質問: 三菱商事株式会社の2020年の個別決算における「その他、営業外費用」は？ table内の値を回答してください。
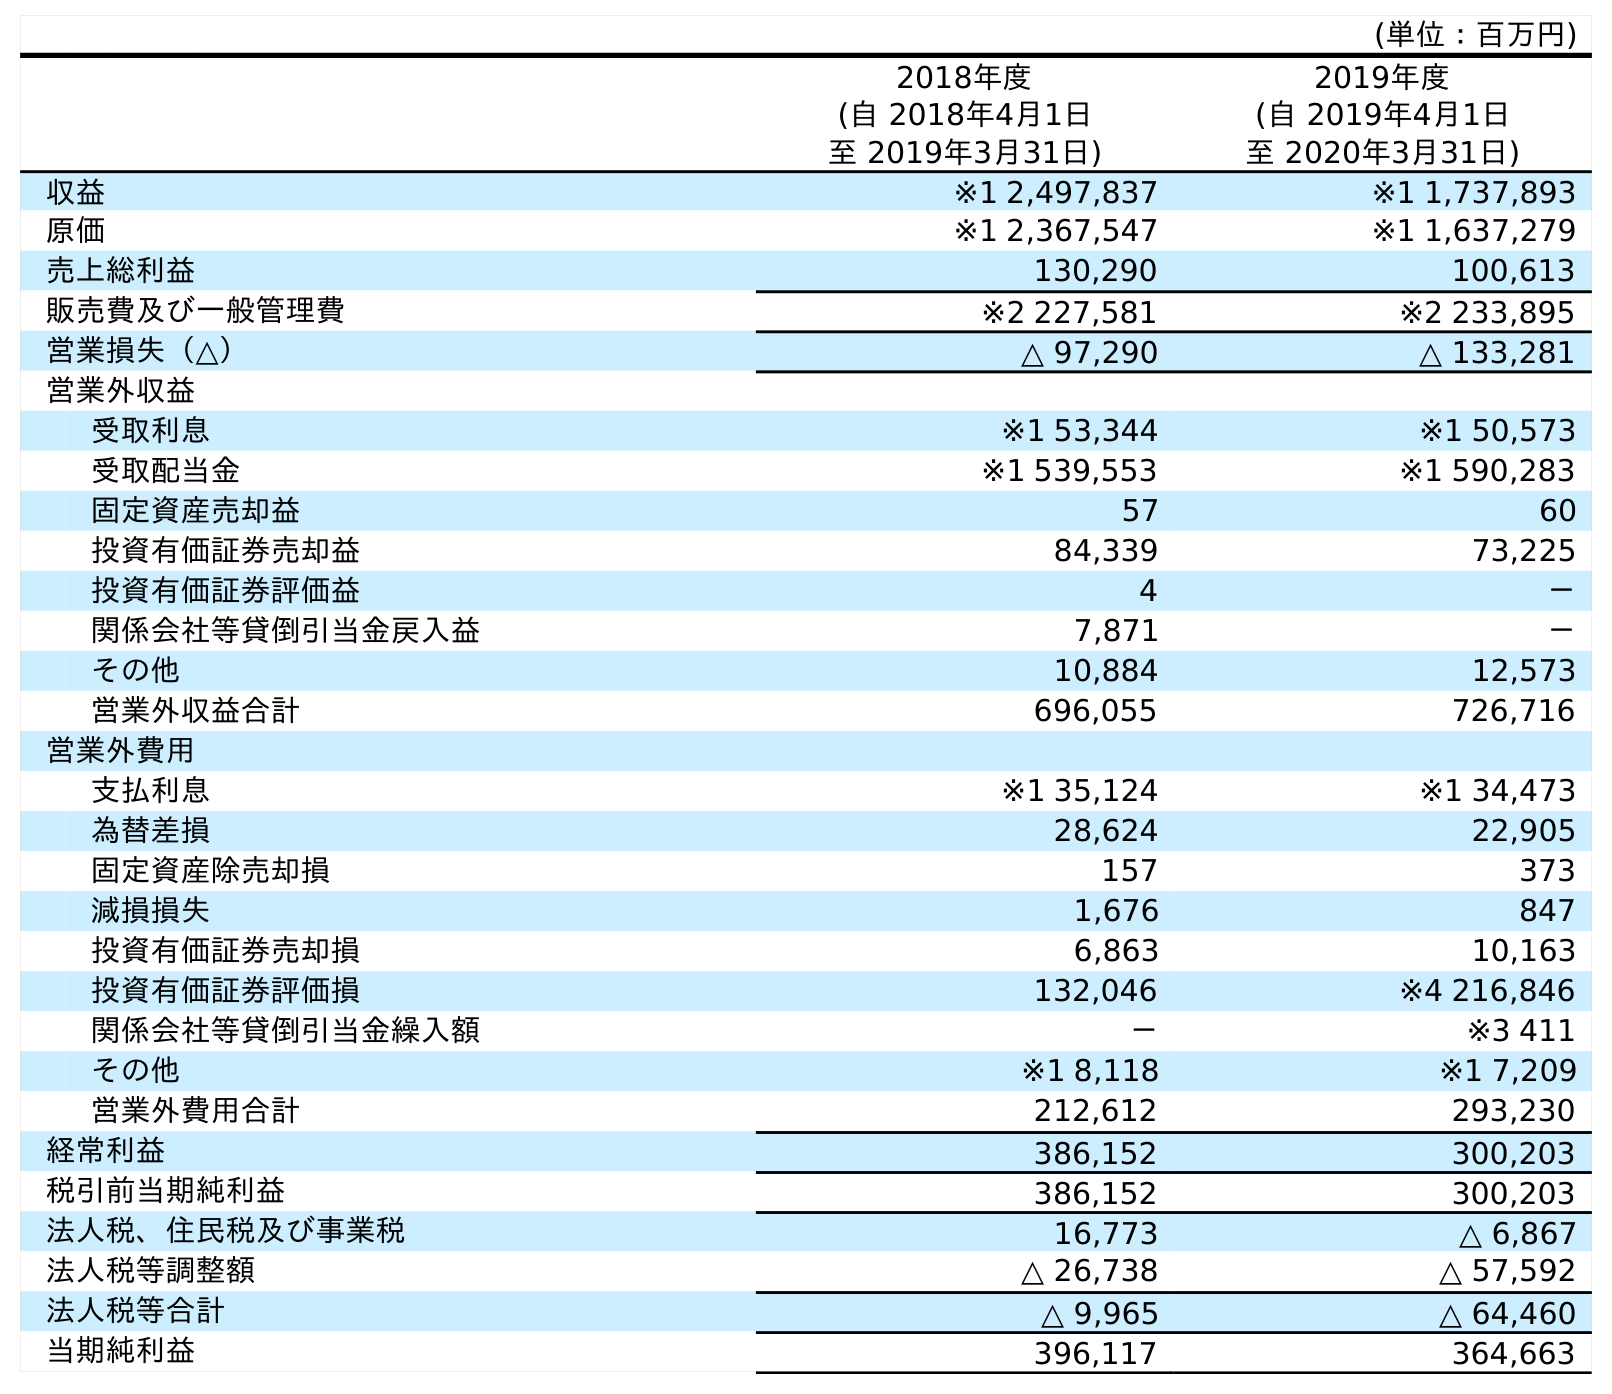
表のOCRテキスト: (単位：百万円) 2018年度 (自 2018年4月1日 至 2019年3月31日) 2019年度 (自 2019年4月1日 至 2020年3月31日) 収益 ※1 2,497,837 ※1 1,737,893 原価 ※1 2,367,547 ※1 1,637,279 売上総利益 130,290 100,613 販売費及び一般管理費 ※2 227,581 ※2 233,895 営業損失（△） △ 97,290 △ 133,281 営業外収益 受取利息 ※1 53,344 ※1 50,573 受取配当金 ※1 539,553 ※1 590,283 固定資産売却益 57 60 投資有価証券売却益 84,339 73,225 投資有価証券評価益 4 － 関係会社等貸倒引当金戻入益 7,871 － その他 10,884 12,573 営業外収益合計 696,055 726,716 営業外費用 支払利息 ※1 35,124 ※1 34,473 為替差損 28,624 22,905 固定資産除売却損 157 373 減損損失 1,676 847 投資有価証券売却損 6,863 10,163 投資有価証券評価損 132,046 ※4 216,846 関係会社等貸倒引当金繰入額 － ※3 411 その他 ※1 8,118 ※1 7,209 営業外費用合計 212,612 293,230 経常利益 386,152 300,203 税引前当期純利益 386,152 300,203 法人税、住民税及び事業税 16,773 △ 6,867 法人税等調整額 △ 26,738 △ 57,592 法人税等合計 △ 9,965 △ 64,460 当期純利益 396,117 364,663
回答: ※17,209